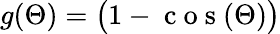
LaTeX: g(\Theta)=\big(1-\mathrm{~c~o~s~}(\Theta)\big)